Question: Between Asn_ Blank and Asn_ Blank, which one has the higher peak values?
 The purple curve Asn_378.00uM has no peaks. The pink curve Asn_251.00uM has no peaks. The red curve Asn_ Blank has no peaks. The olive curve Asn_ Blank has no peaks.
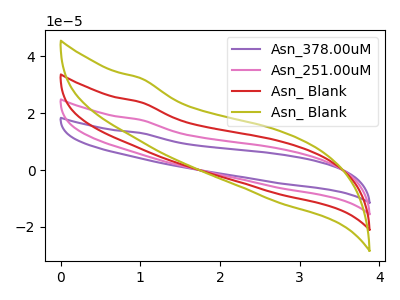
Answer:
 <answer>Niether CV has any peaks.</answer>
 <eval>blanks</eval>